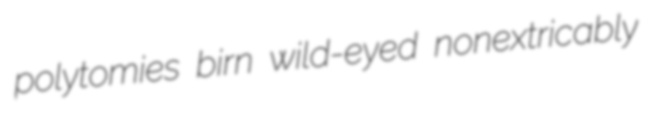
polytomies birn wild-eyed nonextricably